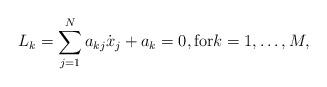
LaTeX: \begin{align*}L_k=\displaystyle\sum_{j=1}^Na_{kj}\dot{x}_j+a_k=0,\mbox{for}k=1,\ldots,M,\end{align*}